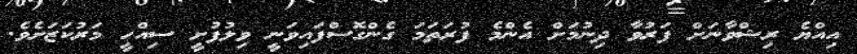
އިއްޔެ ރިޝްވާނަށް ފަރުވާ ދިނުމަށް އެންމެ ފުރަތަމަ ގެންގޮސްފައިވަނީ ވިލުފުށީ ސިއްހީ މަރުކަޒަށެވެ.